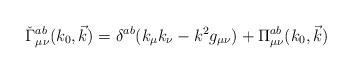
LaTeX: \begin{align*} \check{\Gamma}^{ab}_{\mu\nu}(k_{0},\vec{k})=\delta^{ab}(k_{\mu}k_{\nu}- k^2 g_{\mu\nu})+ \Pi^{ab}_{\mu\nu}(k_{0},\vec{k})\end{align*}